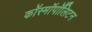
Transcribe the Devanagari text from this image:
कॉस्मॉपॉलिटन